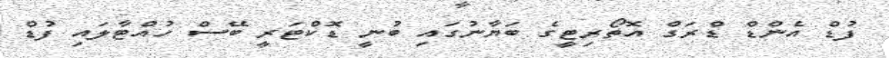
ފުޑް އެންޑް ޑްރަގް އޮތޯރިޓީގެ ބަޔާނުގައި ބުނީ ޑޮކްޓަރީ ބޭސް ހުއްޓާލައި ފުޑް